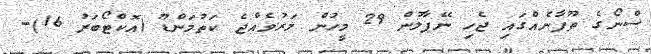
ސްނޯގެ ތޫފާނެއްގައި ޖެހި ނޭޕާލުން 29 މީހުން މަރުވެއްޖެ ކަތުމަންޑޫ (އޮކްޓޯބަރު 16)-